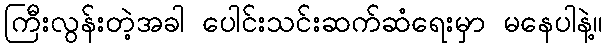
ကြီးလွန်းတဲ့အခါ ပေါင်းသင်းဆက်ဆံရေးမှာ မနေပါနဲ့။